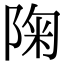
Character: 陱